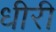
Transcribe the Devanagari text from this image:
धीरी